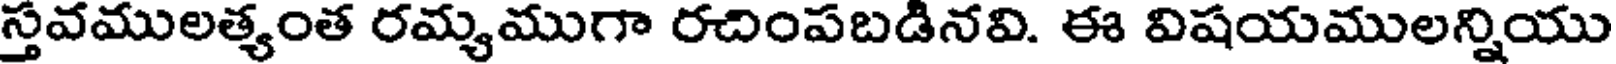
స్తవములత్యంత రమ్యముగా రచింపబడినవి. ఈ విషయములన్నియు